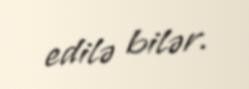
edilə bilər.